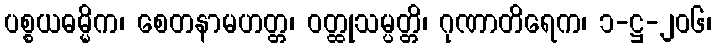
ပစ္စယဓမ္မိက၊ စေတနာမဟတ္တ၊ ဝတ္ထုသမ္ပတ္တိ၊ ဂုဏာတိရေက၊ ၁-ဋ္ဌ-၂၀၆၊